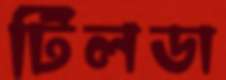
টিলডা